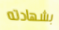
بشهادته